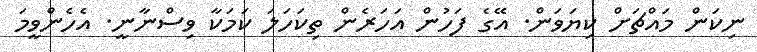
ނިކަން މައްޗަށް ކިޔަވަން. އޭގެ ފަހުން އަހަރެން ތިކަހަލަ ކަމަކާ ވިސްނާނީ. އެހެންވީމަ